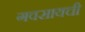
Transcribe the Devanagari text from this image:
गवसायची